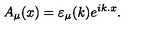
A _ { \mu } ( x ) = \varepsilon _ { \mu } ( k ) e ^ { i k . x } .